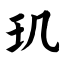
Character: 玑